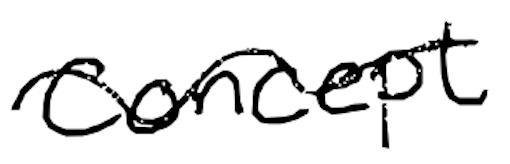
Text: concept
Cross-out: wave
Writing tool: digital_black